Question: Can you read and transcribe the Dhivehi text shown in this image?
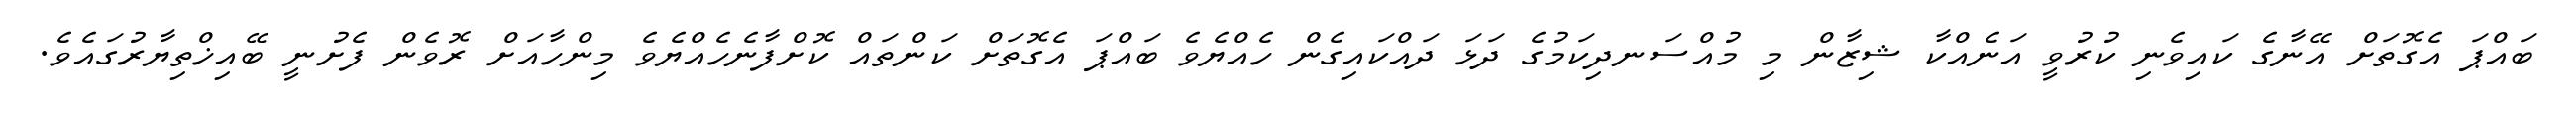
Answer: ބައްޕަ އެގޮތަށް އޭނާގެ ކައިވެނި ކުރުވީ އަނެއްކާ ޝިޒާން މި މުއްސަނދިކަމުގެ ދަޅަ ދައްކައިގެން ހެއްޔެވެ ބައްޕަ އެގޮތަށް ކަންތައް ކޮށްފާނެހެއްޔެވެ މިންހާއަށް ރޮވެން ފެށުނީ ބޭއިޚްތިޔާރުގައެވެ.